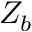
Z _ { b }